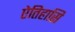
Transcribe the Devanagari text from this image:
ऐतिहासि